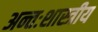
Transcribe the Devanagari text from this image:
अन्तःशास्त्रीय